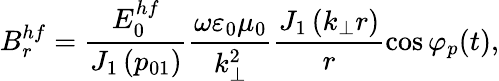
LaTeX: B_{r}^{hf}=\frac{E_{0}^{hf}}{J_{1}\left(p_{01}\right)}\frac{\omega\varepsilon_{0}\mu_{0}}{k_{\perp}^{2}}\frac{J_{1}\left(k_{\perp}r\right)}{r}\cos\varphi_{p}(t),